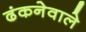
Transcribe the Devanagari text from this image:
ढंकनेवाले